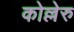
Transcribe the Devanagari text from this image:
कोल्लेरु